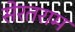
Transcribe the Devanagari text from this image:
सेरतराम